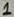
Text: 1